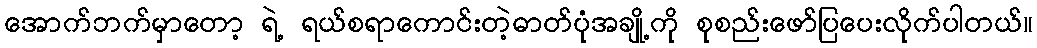
အောက်ဘက်မှာတော့ ရဲ့ ရယ်စရာကောင်းတဲ့ဓာတ်ပုံအချို့ကို စုစည်းဖော်ပြပေးလိုက်ပါတယ်။